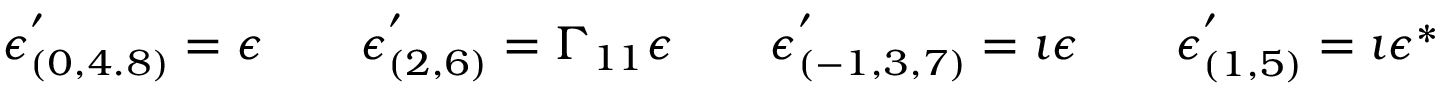
\epsilon _ { ( 0 , 4 . 8 ) } ^ { ' } = \epsilon \qquad \epsilon _ { ( 2 , 6 ) } ^ { ' } = \Gamma _ { 1 1 } \epsilon \qquad \epsilon _ { ( - 1 , 3 , 7 ) } ^ { ' } = \imath \epsilon \qquad \epsilon _ { ( 1 , 5 ) } ^ { ' } = \imath \epsilon ^ { \ast }